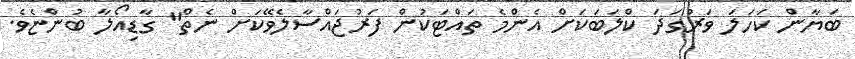
ބަޔާން ކަހަލަ ވަރުގަދަ ކްލަބަަކަށް އެންމެ ތައްޓަކުން ފަރުޖައްސާލެވޭކަށް ނެތް" ގާޑިއޯލާ ބުންޏެވެ.